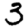
Digit: 3